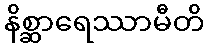
နိစ္ဆာရေဿာမီတိ